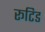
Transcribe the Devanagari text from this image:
रूटिड